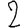
Digit: 2